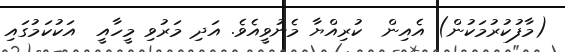
(މާފުކުރުމަކުން) އެއިން  ކުރިއްޔާ މެނުވީއެވެ. އަދި މަރުވި މީހާއީ  އަކުކަމުގައި